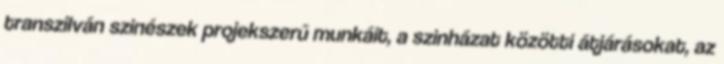
transzilván szinészek projekszerű munkáit, a szinházat közötti átjárásokat, az